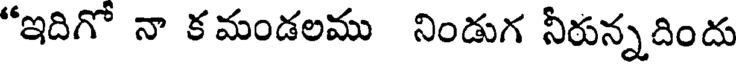
"ఇదిగో నా క మండలము నిండుగ నీరున్నదిందు